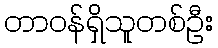
တာဝန်ရှိသူတစ်ဦး